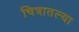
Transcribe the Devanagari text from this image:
चित्रातल्या